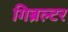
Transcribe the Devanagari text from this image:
गिब्रल्टर